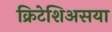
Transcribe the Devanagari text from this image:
क्रिटेशिअसया